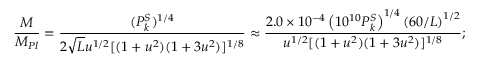
{ \frac { M } { M _ { P l } } } = { \frac { ( P _ { k } ^ { S } ) ^ { 1 / 4 } } { 2 \sqrt { L } u ^ { 1 / 2 } [ ( 1 + u ^ { 2 } ) ( 1 + 3 u ^ { 2 } ) ] ^ { 1 / 8 } } } \approx { \frac { 2 . 0 \times 1 0 ^ { - 4 } \left( 1 0 ^ { 1 0 } P _ { k } ^ { S } \right) ^ { 1 / 4 } \left( { 6 0 / L } \right) ^ { 1 / 2 } } { u ^ { 1 / 2 } [ ( 1 + u ^ { 2 } ) ( 1 + 3 u ^ { 2 } ) ] ^ { 1 / 8 } } } ;